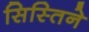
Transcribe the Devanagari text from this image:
सिस्तिने